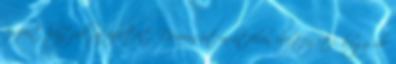
viszont hajtják az üzletet. Damian úton-útfélen elejtegeti, hogy ide